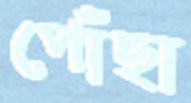
পোঁছা